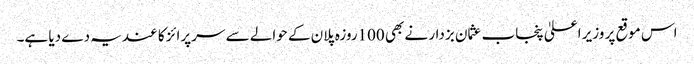
اس موقع پر وزیر اعلیٰ پنجاب عثمان بزدار نے بھی 100روزہ پلان کے حوالے سے سرپرائز کا عندیہ دے دیا ہے۔